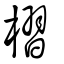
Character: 槢